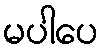
မပါပေ